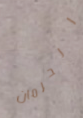
الحرمان